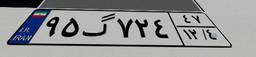
۹۵گ۷۲۴۴۷